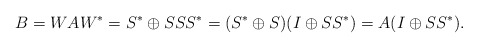
\begin{align*}B = W A W^{*} = S^{*} \oplus S S S^{*} = (S^{*} \oplus S) (I \oplus S S^{*}) = A (I \oplus S S^{*}).\end{align*}